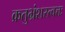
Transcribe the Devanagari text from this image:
क्रतुभ्रंशस्त्वत्तः